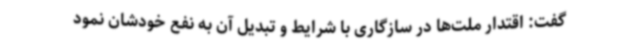
گفت: اقتدار ملت‌ها در سازگاری با شرایط و تبدیل آن به نفع خودشان نمود